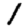
Digit: 1